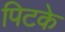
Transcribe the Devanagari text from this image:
पिटके